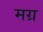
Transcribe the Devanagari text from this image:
मग्र